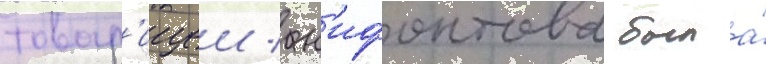
товар'ищеи / н'ифонтова была́